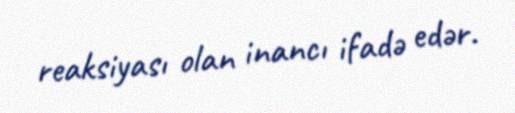
reaksiyası olan inancı ifadə edər.